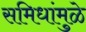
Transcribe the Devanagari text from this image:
समिधांमुळे